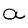
Character: a